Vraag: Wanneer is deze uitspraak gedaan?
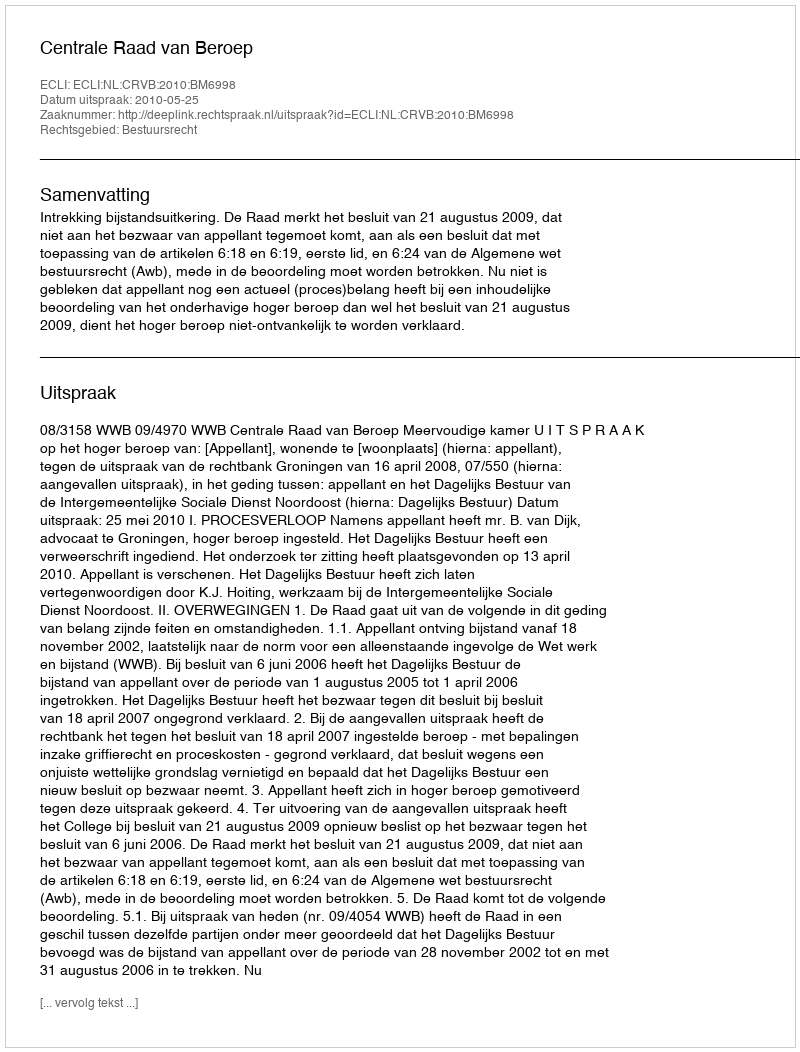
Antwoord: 2010-05-25